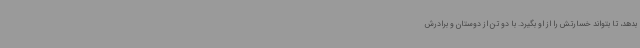
بدهد، تا بتواند خسارتش را از او بگیرد. با دو تن از دوستان و برادرش